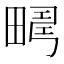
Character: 𤲮